Report of the Municipal Commissioner on the plague in Bombay for the year ending 31st May... - Volume 2
Disease focus: Plague
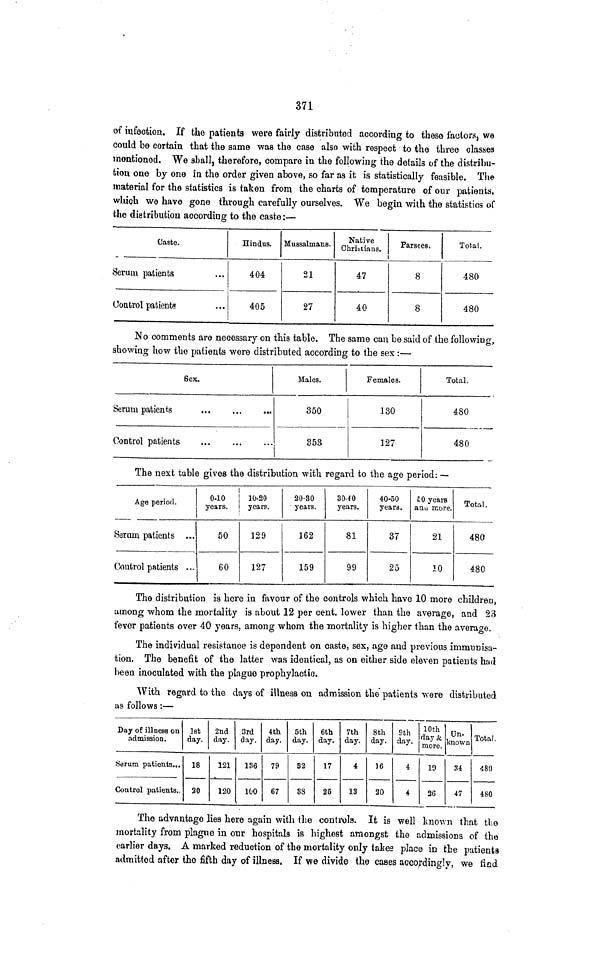
371
of infection. If the patients were fairly distributed according to these factors, we
could be certain that the same was the case also with respect to the three classes
mentioned. We shall, therefore, compare in the following the details of the distribu-
tion one by one in the order given above, so far as it is statistically feasible. The
material for the statistics is taken from the charts of temperature of our patients,
which we have gone through carefully ourselves. We begin with the statistics of
the distribution according to the caste :—
Caste.
Serum patients
Control patients
Hindus.
404
405
Mussalmans.
21
27
Native
Christians.
47
40
Parsees.
8
8
Total.
480
480
No comments are necessary on this table. The same can be said of the following,
showing how the patients were distributed according to the sex :—
Sex.
Serum patients
...
Control patients
Males.
350
353
Females.
130
127
Total.
480
480
The next table gives the distribution with regard to the age period: —
Serum patients ...
Control patients ...
0-10
years.
50
60
10-20
years.
129
127
20-30
years.
162
159
30-40
years.
81
99
40-50
years.
37
25
50 years
and more.
21
10
Total
480
480
The distribution is here in favour of the controls which have 10 more children,
among whom the mortality is about 12 per cent. lower than the average, and 23
fever patients over 40 years, among whom the mortality is higher than the average
The individual resistance is dependent on caste, sex, age and previous immunisa-
tion. The benefit of the latter was identical, as on either side eleven patients had
been inoculated with the plague prophylactic.
With regard to the days of illness on admission the patients were distributed
as follows :—
Day of illness on
admission.
Serum patients...
Control patients.
1st
day.
18
20
2nd
day.
121
120
3rd
day.
186
100
4th
day.
79
67
5th
day.
32
38
6th
day.
17
25
7th
day.
4
13
8 th
day.
16
20
9th
day.
4
4
10 th
day &
more.
19
26
Un-
known
34
47
Total
480
480
The advantage lies here again with the controls. It is well known that the
mortality from plague in our hospitals is highest amongst the admissions of the
earlier days. A marked reduction of the mortality only takes place in the patienta
admitted after the fifth day of illness. If we divide the cases accordingly, we fiad